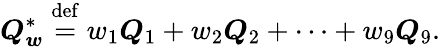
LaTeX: \boldsymbol{Q}_{\boldsymbol{w}}^{*}\stackrel{\mathrm{def}}{=}w_{1}\boldsymbol{Q}_{1}+w_{2}\boldsymbol{Q}_{2}+\cdots+w_{9}\boldsymbol{Q}_{9}.